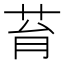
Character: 𦮌